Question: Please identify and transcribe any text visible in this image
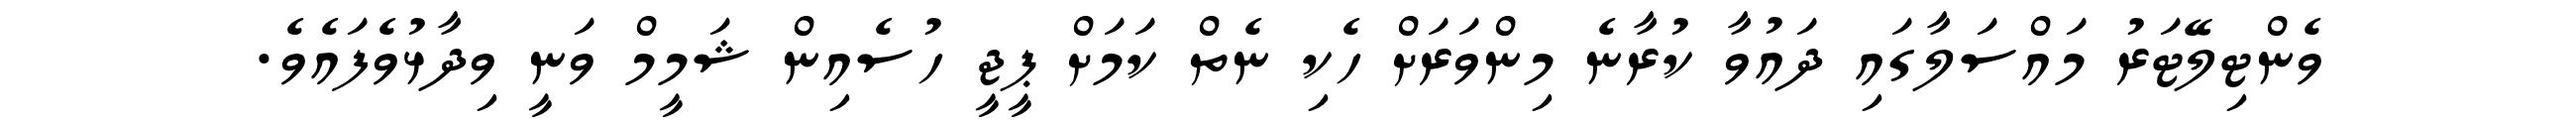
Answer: ވެންޓިލޭޓަރު މައްސަލާގައި ދައުވާ ކުރާނެ މިންވަރަށް ހެކި ނެތް ކަމަށް ޕީޖީ ހުސެއިން ޝަމީމް ވަނީ ވިދާޅުވެފައެވެ.